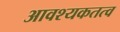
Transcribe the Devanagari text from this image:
आवश्यकतत्व